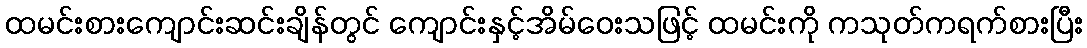
ထမင်းစားကျောင်းဆင်းချိန်တွင် ကျောင်းနှင့်အိမ်ဝေးသဖြင့် ထမင်းကို ကသုတ်ကရက်စားပြီး